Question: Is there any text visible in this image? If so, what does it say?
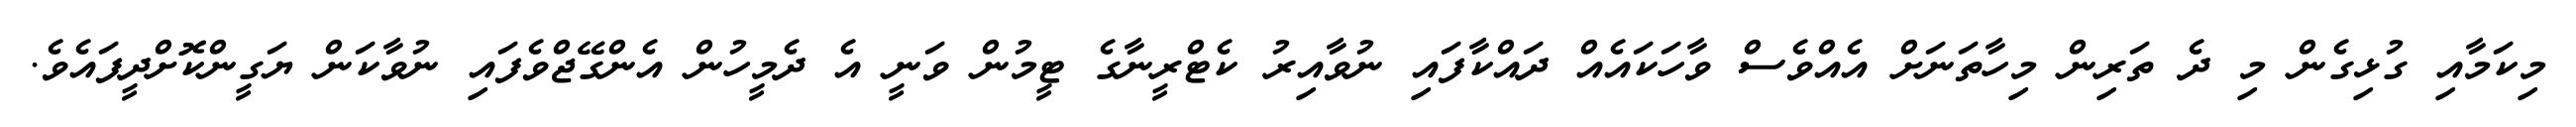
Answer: މިކަމާއި ގުޅިގެން މި ދެ ތަރިން މިހާތަނަށް އެއްވެސް ވާހަކައެއް ދައްކާފައި ނުވާއިރު ކެޓްރީނާގެ ޓީމުން ވަނީ އެ ދެމީހުން އެންގޭޖްވެފައި ނުވާކަން ޔަގީންކޮށްދީފައެވެ.